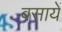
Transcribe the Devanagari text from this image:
बसायें